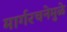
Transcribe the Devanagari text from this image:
मार्गरचनेमुळे